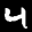
Label: 4